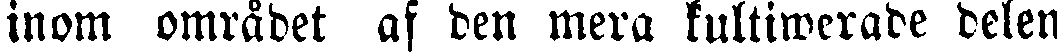
inom området af den mera kultiwerade delen